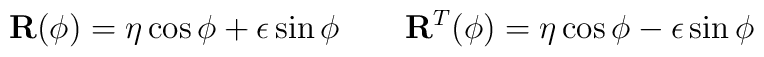
\mathbf{ R} (\phi) = \mathbf{ \eta}\cos\phi + \mathbf{\epsilon}\sin\phi \qquad\mathbf{ R}^{T} (\phi) = \mathbf{\eta}\cos\phi - \mathbf{\epsilon}\sin\phi